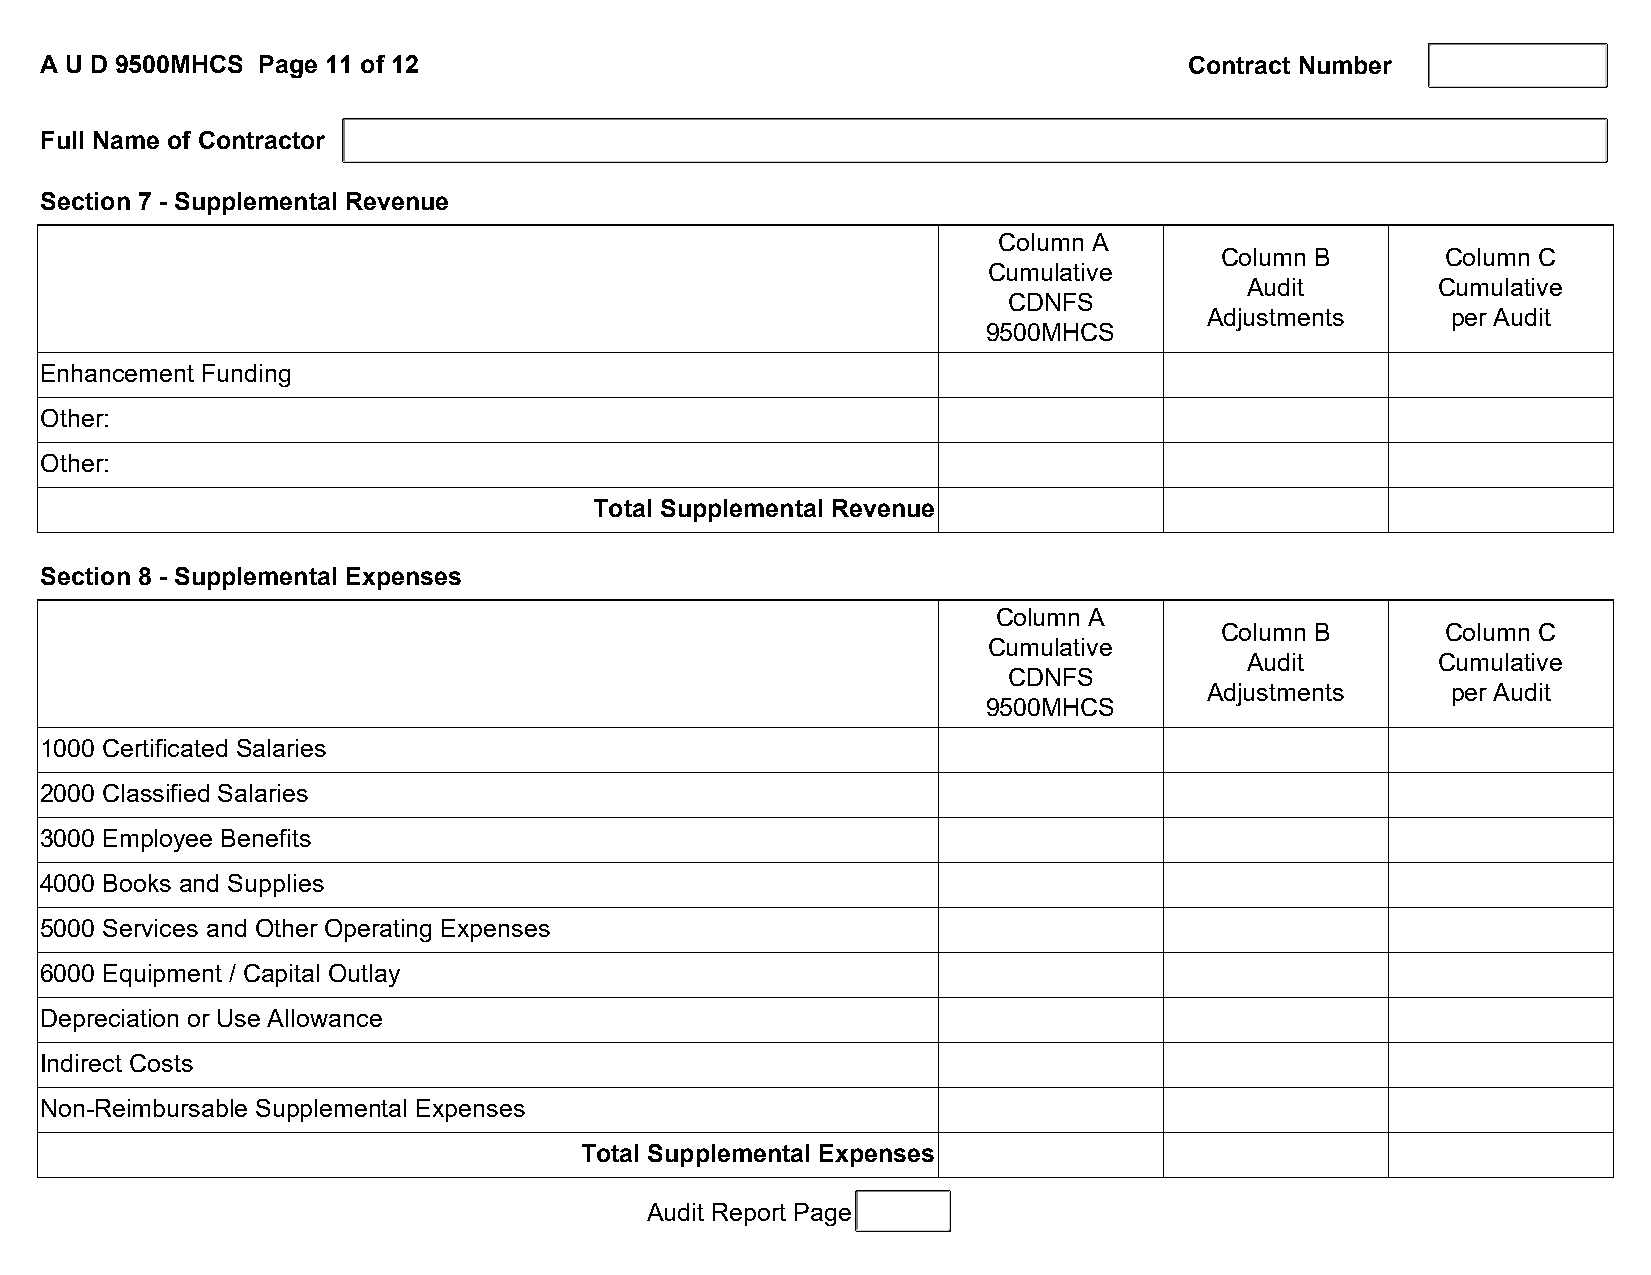
A U D 9500MHCS Page 11 of 12                                                Contract Number
 Full Name of Contractor
 Section 7 - Supplemental Revenue
 Column A
 Column B       Column C
 Cumulative
 Audit       Cumulative
 CDNFS
 Adjustments     per Audit
 9500MHCS
 Enhancement Funding
 Other:
 Other:
 Total Supplemental Revenue
 Section 8 - Supplemental Expenses
 Column A
 Column B       Column C
 Cumulative
 Audit       Cumulative
 CDNFS
 Adjustments     per Audit
 9500MHCS
 1000 Certificated Salaries
 2000 Classified Salaries
 3000 Employee Benefits
 4000 Books and Supplies
 5000 Services and Other Operating Expenses
 6000 Equipment / Capital Outlay
 Depreciation or Use Allowance
 Indirect Costs
 Non-Reimbursable Supplemental Expenses
 Total Supplemental Expenses
 Audit Report Page